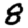
Digit: 8